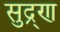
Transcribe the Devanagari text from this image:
सुद्र्ण